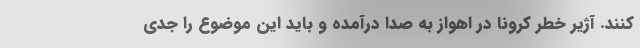
کنند. آژیر خطر کرونا در اهواز به صدا درآمده و باید این موضوع را جدی